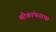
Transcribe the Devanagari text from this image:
श्रीकांथनाथ।